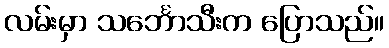
လမ်းမှာ သင်္ဘောသီးက ပြောသည်။